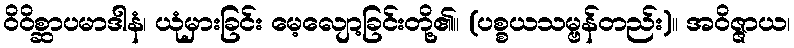
ဝိဝိစ္ဆာပမာဒါနံ၊ ယုံမှားခြင်း မေ့လျော့ခြင်းတို့၏။ (ပစ္စယသမ္ဗန်တည်း)။ အဝိဇ္ဇာယ၊